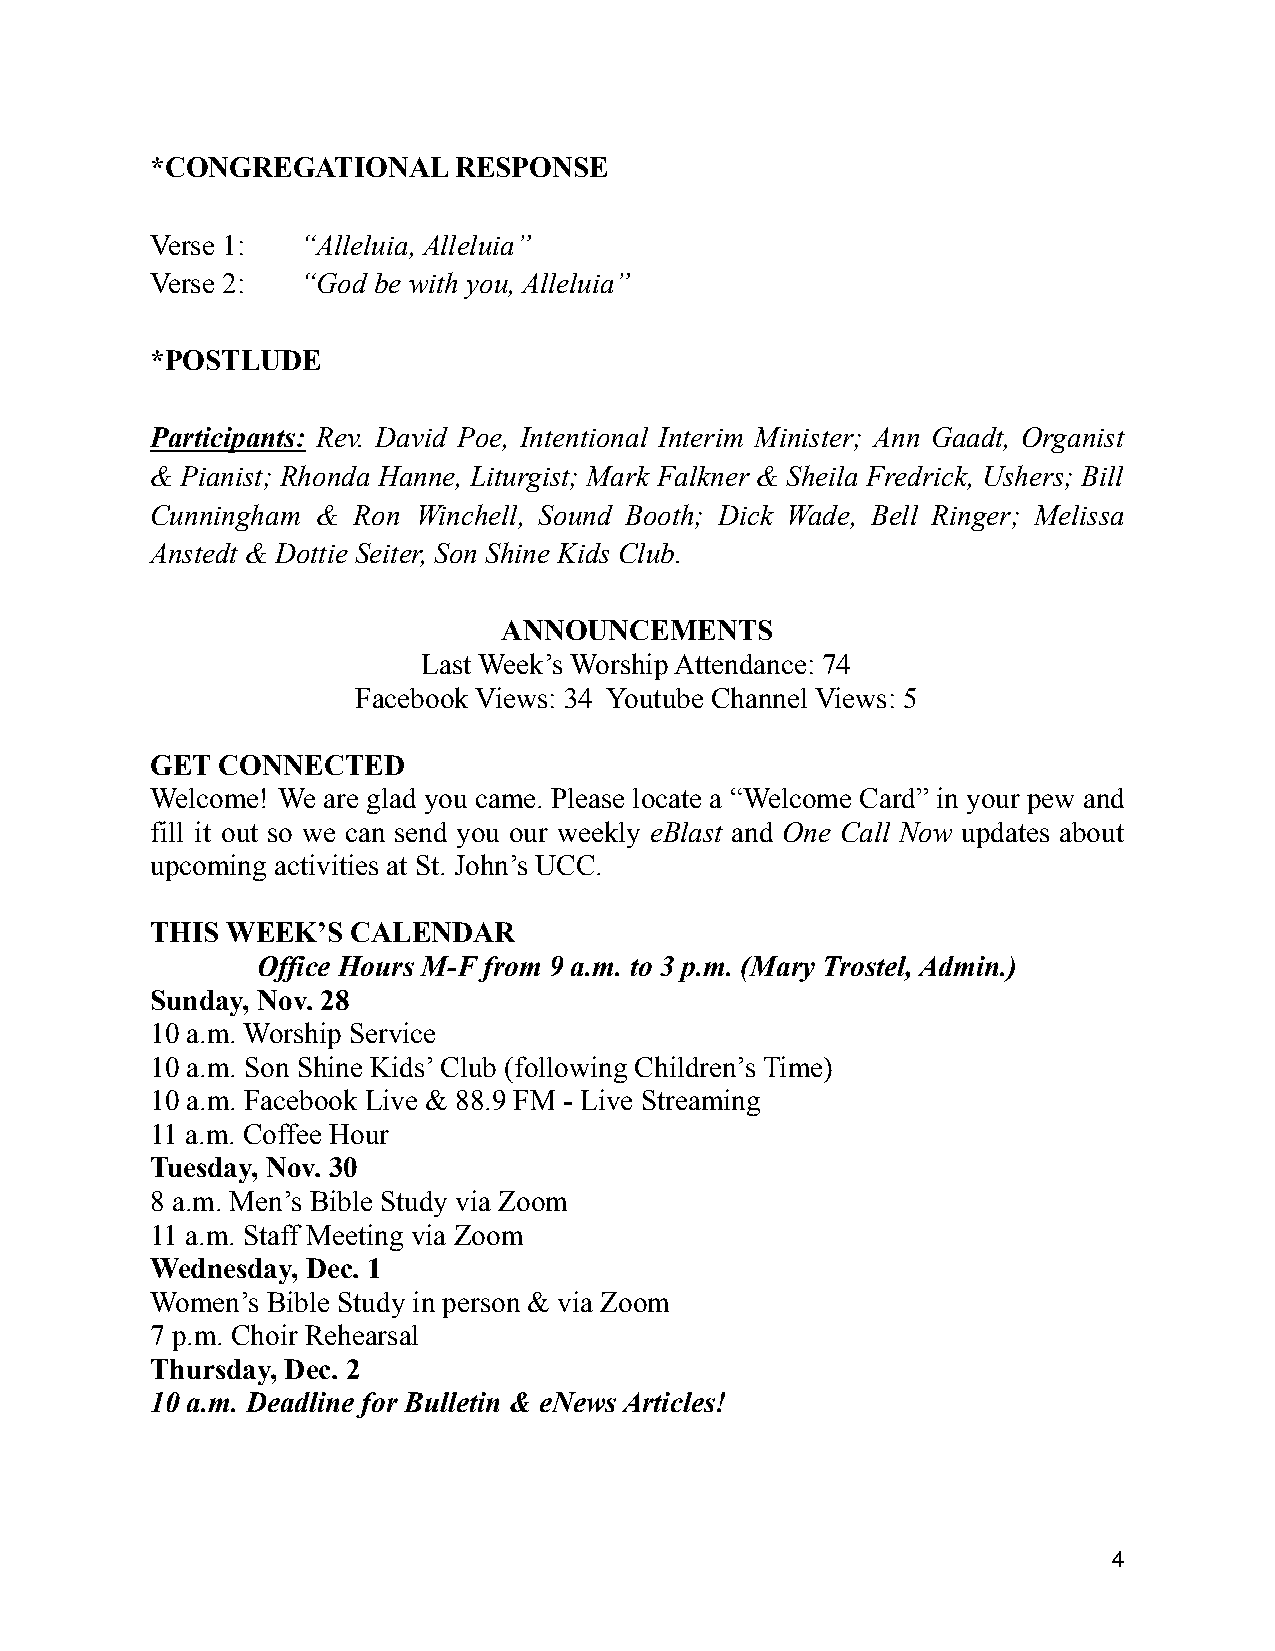
*CONGREGATIONAL     RESPONSE
 Verse 1:  “Alleluia, Alleluia”
 Verse 2:  “God be with you, Alleluia”
 *POSTLUDE
 Participants: Rev. David Poe, Intentional Interim Minister; Ann Gaadt, Organist
 & Pianist; Rhonda Hanne, Liturgist; Mark Falkner & Sheila Fredrick, Ushers; Bill
 Cunningham & Ron  Winchell, Sound Booth; Dick Wade, Bell Ringer; Melissa
 Anstedt & Dottie Seiter, Son Shine Kids Club.
 ANNOUNCEMENTS
 Last Week’s Worship Attendance: 74
 Facebook Views: 34 Youtube Channel Views: 5
 GET CONNECTED
 Welcome! We are glad you came. Please locate a “Welcome Card” in your pew and
 fill it out so we can send you our weekly eBlast and One Call Now updates about
 upcoming activities at St. John’s UCC.
 THIS WEEK’S  CALENDAR
 Office Hours M-F from 9 a.m. to 3 p.m. (Mary Trostel, Admin.)
 Sunday, Nov. 28
 10 a.m. Worship Service
 10 a.m. Son Shine Kids’ Club (following Children’s Time)
 10 a.m. Facebook Live & 88.9 FM - Live Streaming
 11 a.m. Coffee Hour
 Tuesday, Nov. 30
 8 a.m. Men’s Bible Study via Zoom
 11 a.m. Staff Meeting via Zoom
 Wednesday, Dec. 1
 Women’s Bible Study in person & via Zoom
 7 p.m. Choir Rehearsal
 Thursday, Dec. 2
 10 a.m. Deadline for Bulletin & eNews Articles!
 4